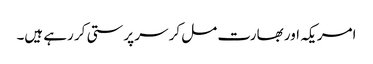
امریکہ اور بھارت مل کر سر پرستی کر رہے ہیں۔